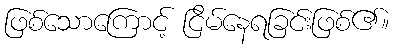
ဖြစ်သောကြောင့် ငြိမ်နေရခြင်းဖြစ်၏။